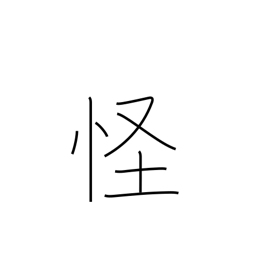
Meaning: suspicious